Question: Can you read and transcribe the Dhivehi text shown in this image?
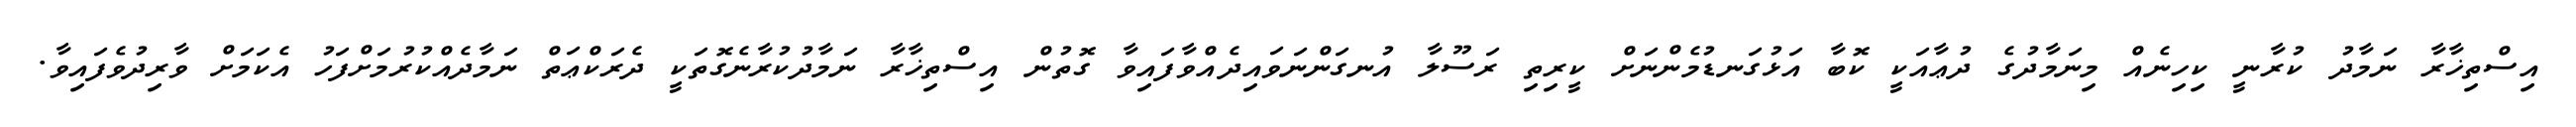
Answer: އިސްތިޚާރާ ނަމާދު ކުރާނީ ކިހިނެއް މިނަމާދުގެ ދުޢާއަކީ ކޮބާ އަޅުގަނޑުމެންނަށް ކީރިތި ރަސޫލާ އުނގަންނަވައިދެއްވާފައިވާ ގޮތުން އިސްތިޚާރާ ނަމާދުކުރާނެގޮތަކީ ދެރަކްޢަތް ނަމާދެއްކުރުމަށްފަހު އެކަމަށް ވާރިދުވެފައިވާ.